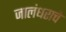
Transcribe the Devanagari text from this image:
जालंधराचे